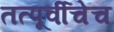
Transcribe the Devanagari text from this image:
तत्पूर्वीचेच